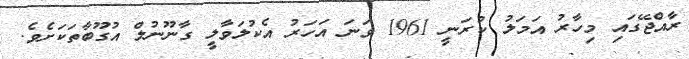
ރާއްޖޭގައި މިހާރު އަމަލު ކުރަނީ 1961 ވަނަ އަހަރު އެކުލަވާލީ ގާނޫނުލް އުގޫބާތަކަށެވެ.